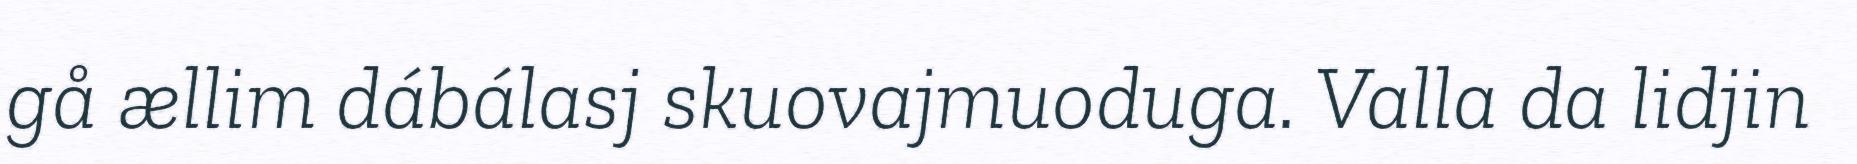
gå ællim dábálasj skuovajmuoduga. Valla da lidjin